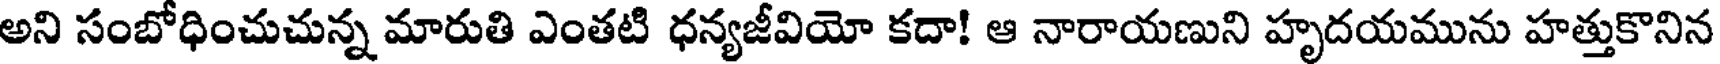
అని సంబోధించుచున్న మారుతి ఎంతటి ధన్యజీవియో కదా! ఆ నారాయణుని హృదయమును హత్తుకొనిన